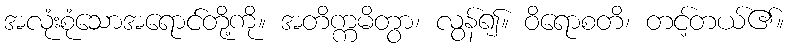
အလုံးစုံသောအရောင်တို့ကို။ အတိက္ကမိတွာ၊ လွန်၍။ ဝိရောစတိ၊ တင့်တယ်၏။